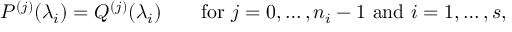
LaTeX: P ^ { ( j ) } ( \lambda _ { i } ) = Q ^ { ( j ) } ( \lambda _ { i } ) \qquad { \mathrm { f o r ~ } } j = 0 , \ldots , n _ { i } - 1 { \mathrm { ~ a n d ~ } } i = 1 , \ldots , s ,